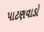
પાટણવાડો